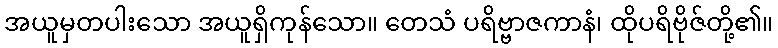
အယူမှတပါးသော အယူရှိကုန်သော။ တေသံ ပရိဗ္ဗာဇကာနံ၊ ထိုပရိဗိုဇ်တို့၏။